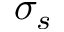
\sigma _ { s }